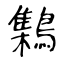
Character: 𪆐